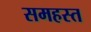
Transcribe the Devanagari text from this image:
समहस्त